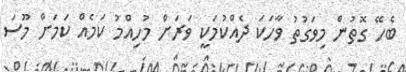
ބެހޭ ގޮތުން މިވަގުތު ވާހަކަ ދެއްކުމަކީ ވަރަށް މުހިއްމު ކަމެއް ކަމަށް މޫސަ